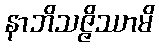
နာဘိသဇ္ဇိဿာမိ